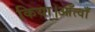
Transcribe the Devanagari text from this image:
किया।आँत्वाँ